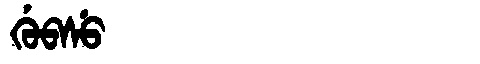
Manchu: ᡤᡠᠪᠰᡠ
Romanization: GUBSU